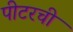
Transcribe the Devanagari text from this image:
पीटरची